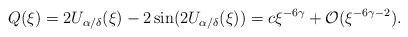
LaTeX: \begin{align*} Q(\xi)=2U_{\alpha/\delta}(\xi)-2\sin(2U_{\alpha/\delta}(\xi))=c\xi^{-6\gamma}+\mathcal O(\xi^{-6\gamma-2}). \end{align*}